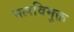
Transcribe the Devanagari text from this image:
मलविमुक्त